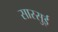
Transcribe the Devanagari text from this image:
सास्सुई